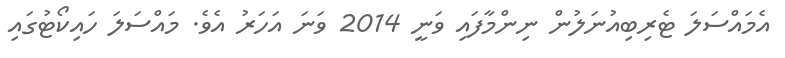
އެމައްސަލަ ޓެރިބިއުނަލުން ނިންމާފައި ވަނީ 2014 ވަނަ އަހަރު އެވެ. މައްސަލަ ހައިކޯޓުގައި